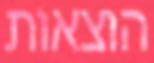
הוצאות